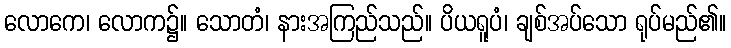
လောကေ၊ လောက၌။ သောတံ၊ နားအကြည်သည်။ ပိယရူပံ၊ ချစ်အပ်သော ရုပ်မည်၏။